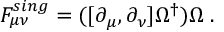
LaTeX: F _ { \mu \nu } ^ { s i n g } = ( [ \partial _ { \mu } , \partial _ { \nu } ] \Omega ^ { \dag } ) \Omega \; .